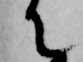
て